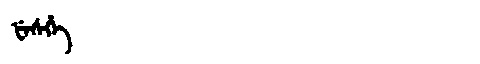
Manchu: ᡶᡝᠰᡥᡝ
Romanization: FESHE